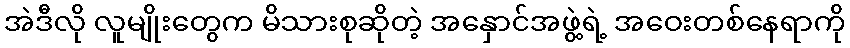
အဲဒီလို လူမျိုးတွေက မိသားစုဆိုတဲ့ အနှောင်အဖွဲ့ရဲ့ အဝေးတစ်နေရာကို